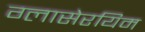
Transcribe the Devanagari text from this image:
ग्लासेरयिम